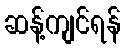
ဆန့်ကျင်ရန်